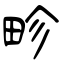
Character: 畛